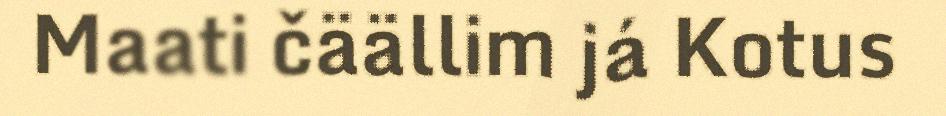
Maati čäällim já Kotus